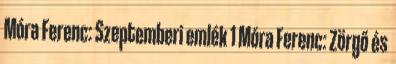
Móra Ferenc: Szeptemberi emlék 1 Móra Ferenc: Zörgő és